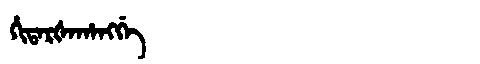
Manchu: ᡥᡳᡨᠠᡵᡧᠠᡥᠠᠩᡤᡝ
Romanization: HITARŠAHANGGE